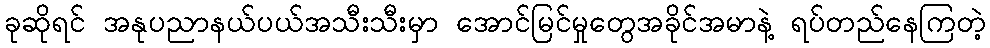
ခုဆိုရင် အနုပညာနယ်ပယ်အသီးသီးမှာ အောင်မြင်မှုတွေအခိုင်အမာနဲ့ ရပ်တည်နေကြတဲ့